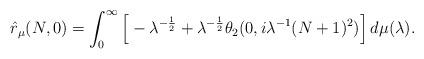
LaTeX: \begin{align*}\hat{r}_{\mu}(N,0) = \int_0^{\infty} \Big[- \lambda^{-\frac{1}{2}}+ \lambda^{-\frac{1}{2}} \theta_2( 0 , i \lambda^{-1} (N+1)^2) \Big]\, d\mu(\lambda). \end{align*}